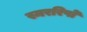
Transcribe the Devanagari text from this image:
स्मररिपो